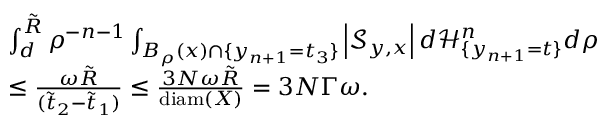
\begin{array} { r l } & { \int _ { d } ^ { \tilde { R } } \rho ^ { - n - 1 } \int _ { B _ { \rho } ( x ) \cap \{ y _ { n + 1 } = t _ { 3 } \} } \left| \mathcal S _ { y , x } \right| d \mathcal H _ { \{ y _ { n + 1 } = t \} } ^ { n } d \rho } \\ & { \leq \frac { \omega \tilde { R } } { ( \tilde { t } _ { 2 } - \tilde { t } _ { 1 } ) } \leq \frac { 3 N \omega \tilde { R } } { \mathrm { d i a m } ( X ) } = 3 N \Gamma \omega . } \end{array}